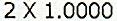
2 X 1.0000